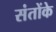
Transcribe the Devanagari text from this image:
संतोंके